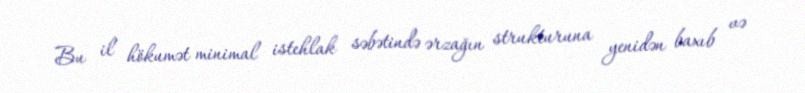
Bu il hökumət minimal istehlak səbətində ərzağın strukturuna yenidən baxıb və